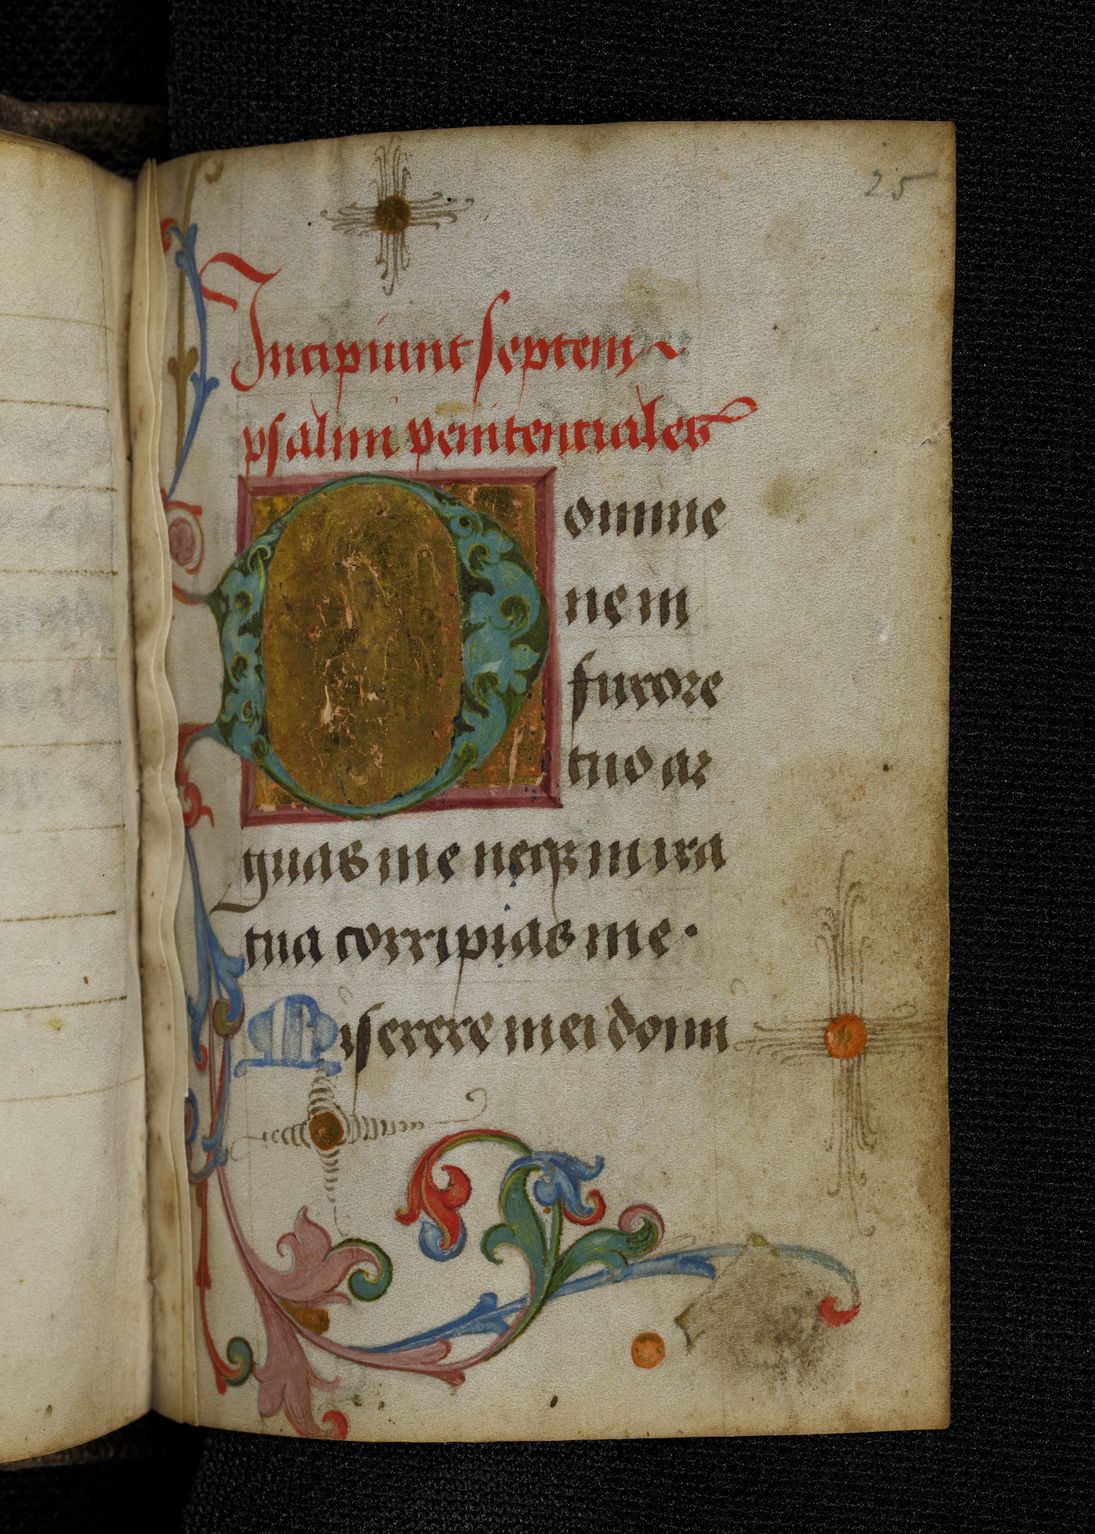
Shelfmark: Berlin, Staatsbibliothek, Germ. Oct. 511
Century: 15